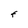
Character: F